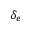
\delta _ { e }